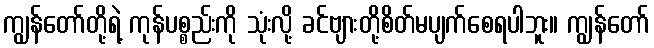
ကျွန်တော်တို့ရဲ့ ကုန်ပစ္စည်းကို သုံးလို့ ခင်ဗျားတို့စိတ်မပျက်စေရပါဘူး။ ကျွန်တော်